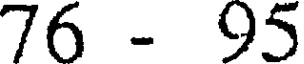
76 - 95